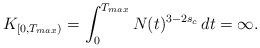
LaTeX: \begin{align*}K_{[0,T_{max})}=\int_0^{T_{max}}N(t)^{3-2s_c}\,dt=\infty.\end{align*}